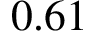
0 . 6 1